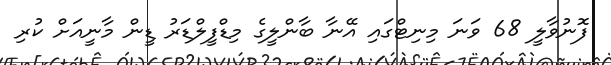
ފޮނުވާލީ 68 ވަނަ މިނިޓްގައި އޭނާ ބާންލީގެ މިޑްފީލްޑަރު ޑީން މާނީއަށް ކުރި